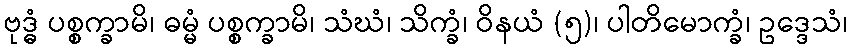
ဗုဒ္ဓံ ပစ္စက္ခာမိ၊ ဓမ္မံ ပစ္စက္ခာမိ၊ သံဃံ၊ သိက္ခံ၊ ဝိနယံ (၅)၊ ပါတိမောက္ခံ၊ ဥဒ္ဒေသံ၊